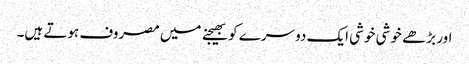
اور بڑھے خوشی خوشی ایک دوسرے کو بھیجنے میں مصروف ہوتے ہیں۔